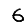
Digit: 6